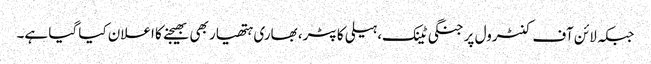
جبکہ لائن آف کنٹرول پر جنگی ٹینک، ہیلی کاپٹر، بھاری ہتھیار بھی بھیجنے کا اعلان کیا گیا ہے۔